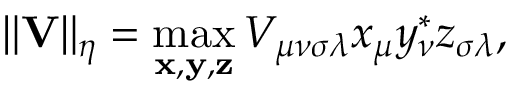
\| \mathbf V \| _ { \eta } = \operatorname* { m a x } _ { \mathbf { x } , \mathbf { y } , \mathbf { z } } V _ { \mu \nu \sigma \lambda } x _ { \mu } y _ { \nu } ^ { * } z _ { \sigma \lambda } ,